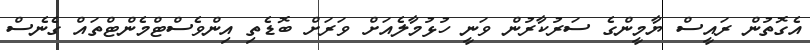
އެގޮތުން ރައީސް ޔާމީންގެ ސަރުކާރުން ވަނީ ހުޅުމާލެއަށް ވަރަށް ބޮޑެތި އިންވެސްޓްމެންޓްތައް ގެނެސް